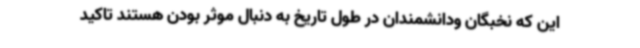
این که نخبگان ودانشمندان در طول تاریخ به دنبال موثر بودن هستند تاکید